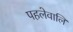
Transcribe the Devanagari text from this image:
पहलेवालि